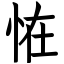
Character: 恠